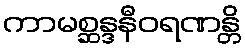
ကာမစ္ဆန္ဒနီဝရဏန္တိ